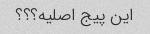
این پیج اصلیه؟؟؟